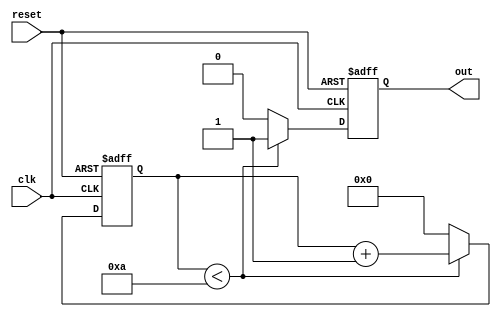
module while_loop_example (
    input wire clk,
    input wire reset,
    output reg out
);

reg [3:0] count;

always @(posedge clk or posedge reset) begin
    if (reset) begin
        count <= 0;
        out <= 0;
    end else begin
        if (count < 10) begin
            count <= count + 1;
            out <= 1;
        end else begin
            count <= 0;
            out <= 0;
        end
    end
end

endmodule